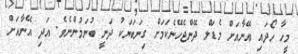
މީހާ ހޯދައި އޭނާއަށް މެޑަލް ދޭންޖެހޭނެކަމަށް ގިނަބަޔަކު ދަނީ ބުނަމުންނެވެ. އަދި އޭނާއަށް